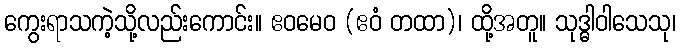
ကွေးရာသကဲ့သို့လည်းကောင်း။ ဧဝမေဝ (ဧဝံ တထာ)၊ ထို့အတူ။ သုဒ္ဓါဝါသေသု၊